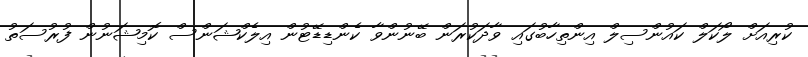
ކުރިއަށް ލޯކަލް ކައުންސިލް އިންތިހާބުގައި ވާދަކުރަން ބޭނުންވާ ކެންޑިޑޭޓުން އިލެކްޝަންސް ކޮމިޝަނުން ފުރުސަތު